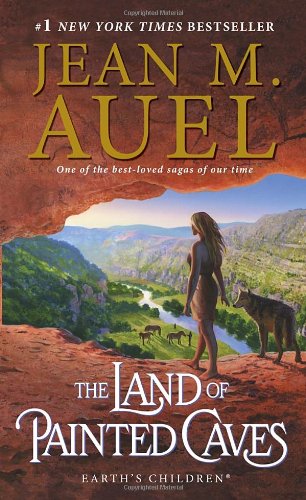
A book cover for The Land of Painted Caves: Earth's Children, Book Six; Jean M. Auel; Literature & Fiction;